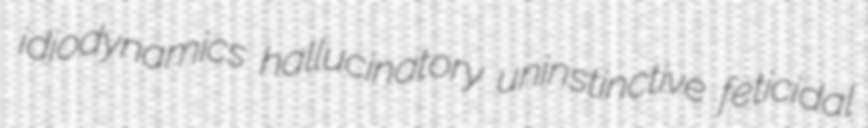
idiodynamics hallucinatory uninstinctive feticidal